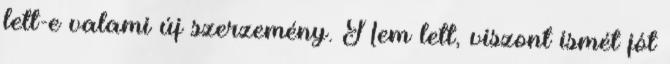
lett-e valami új szerzemény. Nem lett, viszont ismét jót